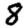
Digit: 8